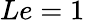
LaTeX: Le=1